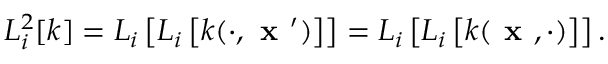
L _ { i } ^ { 2 } [ k ] = L _ { i } \left[ L _ { i } \left[ k ( \cdot , \textbf { x } ^ { \prime } ) \right] \right] = L _ { i } \left[ L _ { i } \left[ k ( \textbf { x } , \cdot ) \right] \right] .